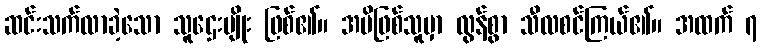
ဆင်းသက်လာခဲ့သော သူဌေးမျိုး ဖြစ်၏။ အမိဖြစ်သူမှာ လွန်စွာ သီလစင်ကြယ်၏။ အထက် ၇